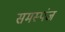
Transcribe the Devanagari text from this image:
समस्पंज